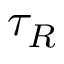
\tau _ { R }